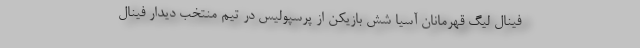
فینال لیگ قهرمانان آسیا شش بازیکن از پرسپولیس در تیم منتخب دیدار فینال